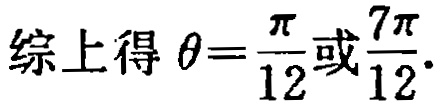
综上得 \(\theta=\frac{\pi}{12}\)或\(\frac{7\pi}{12}\).